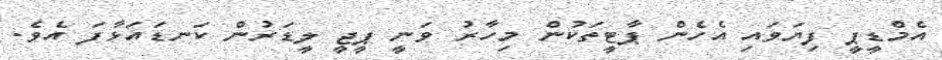
އެމްޑީޕީ ފިޔަވައި އެހެން ޕާޓީތަކުން މިހާރު ވަނީ ޕީޖީ ލީޑަރުން ކަނޑައަޅާފަ އެވެ.